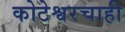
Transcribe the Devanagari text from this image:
कोटेश्वरचाही